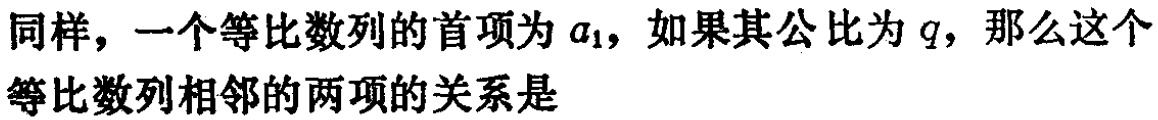
同样，一个等比数列的首项为\(a_{1}\)，如果其公比为\(q\)，那么这个等比数列相邻的两项的关系是